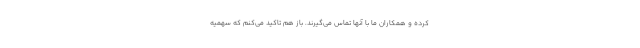
کرده و همکاران ما با آنها تماس می‌گیرند. باز هم تاکید می‌کنم که سهمیه